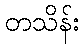
တသိန်း